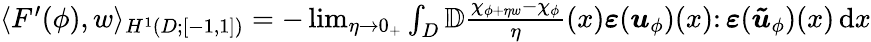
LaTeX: \begin{array}{r}{\langle F^{\prime}(\phi),w\rangle_{H^{1}(D;[-1,1])}=-\operatorname*{lim}_{\eta\to 0_{+}}\int_{D}\mathbb{D}\frac{\chi_{\phi+\eta w}-\chi_{\phi}}{\eta}(x)\boldsymbol{\varepsilon}(\boldsymbol{u}_{\phi})(x)\colon\boldsymbol{\varepsilon}(\boldsymbol{\tilde{u}}_{\phi})(x)\, \mathrm{d}x}\end{array}